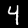
Digit: 4